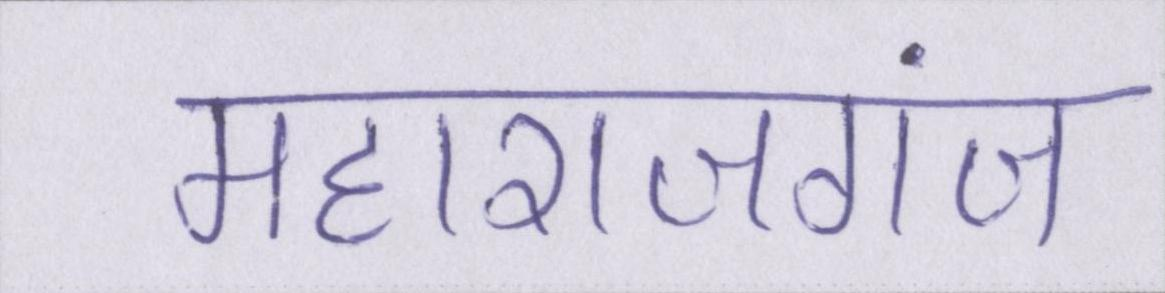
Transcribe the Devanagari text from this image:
महाराजगंज